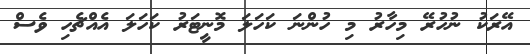
އޭރަކު ނުހުރޭ މިހާރު މި ހުންނަ ކަހަލަ މޮނީޓަރު ކަހަލަ އެއްޗެހި ވެސް